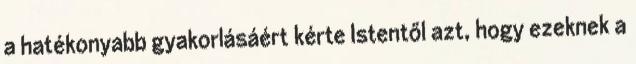
a hatékonyabb gyakorlásáért kérte Istentől azt, hogy ezeknek a